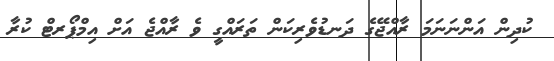
ކުދިން އަންނަނަމަ ރާއްޖޭގެ ދަނޑުވެރިކަން ތަރައްގީ ވެ ރާއްޖެ އަށް އިމްޕޯރޓް ކުރާ